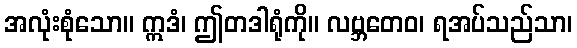
အလုံးစုံသော။ ဣဒံ၊ ဤတဒါရုံကို။ လဗ္ဘတေဝ၊ ရအပ်သည်သာ၊